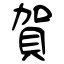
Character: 賀